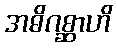
အဓိဂစ္ဆာဟိ